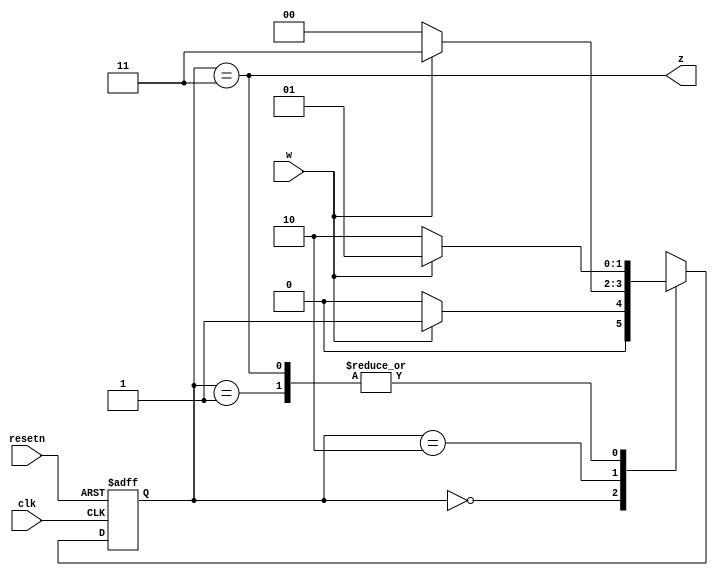
module LabHW2(w,clk,resetn,z);

input w, clk, resetn;
output z;

reg [1:0] y, Y;

parameter [1:0] A = 2'b00, B = 2'b01, C = 2'b10, D = 2'b11;
 
always @(w, y)
begin
    case(y)
        A:  if (w) Y = B;
            else Y = A;   
        B:  if (w) Y = B;
            else Y = C;  
        C:  if (w) Y = D;
            else Y = A;   
        D:  if (w) Y = B;
            else Y = C;
            
        default: Y = 2'bxx;
    endcase
end 

always @(negedge resetn, posedge clk)
    if(resetn == 0) y <= A;
    else y <= Y;

assign z = (y==D);

endmodule